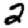
Digit: 2